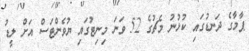
ޕާމާގެ ދަނޑުގައި ކުޅުނު މެޗުގެ 52 ވަނަ މިނިޓުގައި ޔުވެންޓަސް އަށް ލީޑު